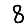
Digit: 8